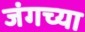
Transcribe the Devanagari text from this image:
जंगच्या